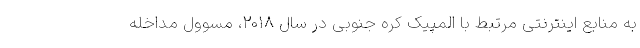
به منابع اینترنتی مرتبط با المپیک کره جنوبی در سال ۲۰۱۸، مسوول مداخله